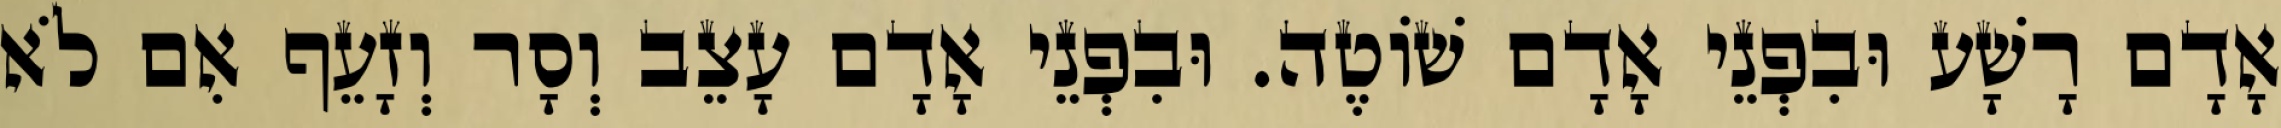
אָדָם רָשָׁע וּבִפְנֵי אָדָם שׁוֹטֶה. וּבִפְנֵי אָדָם עָצֵב וְסָר וְזָעֵף אִם לֹא